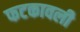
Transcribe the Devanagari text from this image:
फटकावली